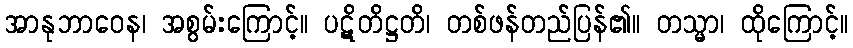
အာနုဘာဝေန၊ အစွမ်းကြောင့်။ ပဋိတိဋ္ဌတိ၊ တစ်ဖန်တည်ပြန်၏။ တသ္မာ၊ ထိုကြောင့်။